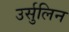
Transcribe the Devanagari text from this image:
उर्सुलिन